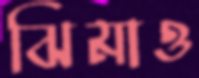
ঝিমাও